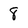
Character: 8